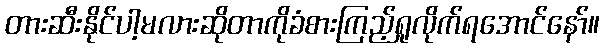
တားဆီးနိုင်ပါ့မလားဆိုတာကိုခံစားကြည့်ရှုလိုက်ရအောင်နော်။